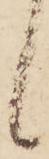
候